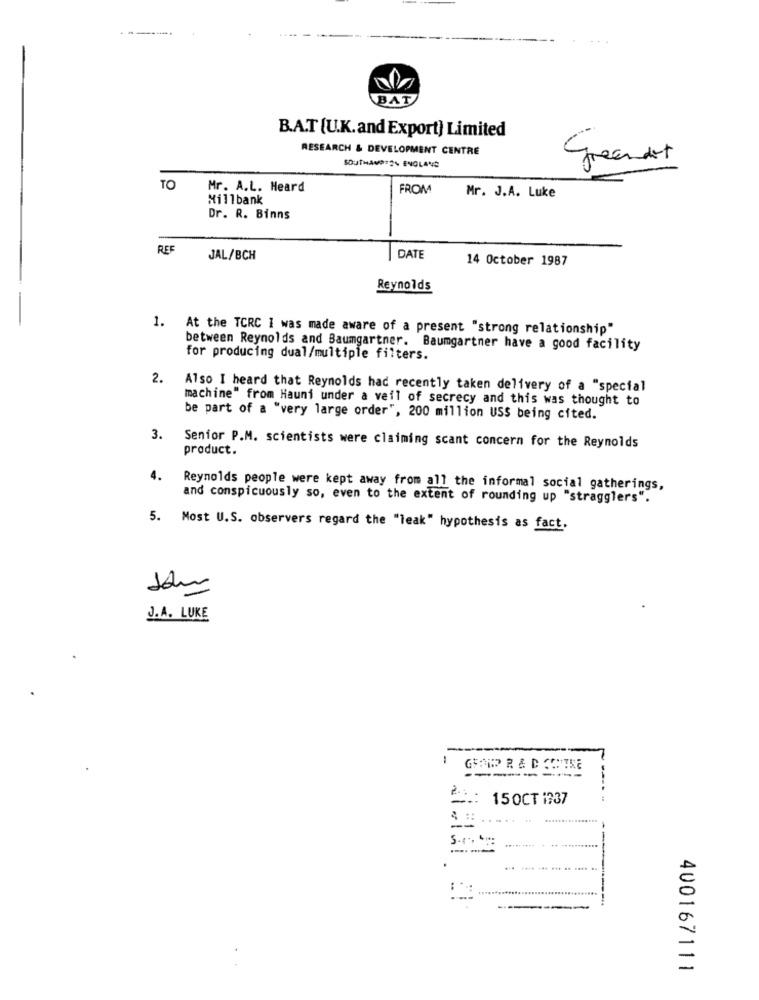
BAT
B.A.T [U.K.and Export) Limited
RESEARCH & DEVELOPMENT CENTRE
SOUTHAND:2% ENGLAND
TO
Mr. A.L. Heard
FROM
Millbank
Mr. J.A. Luke
Dr. R. Binns
REF
JAL/BCH
DATE
14 October 1987
Reynolds
1.
At the TCRC I was made aware of a present "strong relationship"
between Reynolds and Baumgartner. Baumgartner have a good facility
for producing dual/multiple filters.
2.
Also I heard that Reynolds had recently taken delivery of a "special
machine" from Hauni under a veil of secrecy and this was thought to
be part of a "very large order", 200 million USS being cited.
3.
Senior P.M. scientists were claiming scant concern for the Reynolds
product.
4.
Reynolds people were kept away from all the informal social gatherings,
and conspicuously so, even to the extent of rounding up "stragglers".
5. Most U.S. observers regard the "leak" hypothesis as fact.
J.A. LUKE
------
2.
15OCT 1737
......
---.
400167111